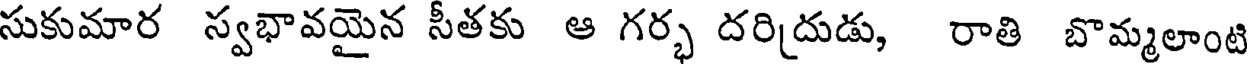
సుకుమార స్వభావయైన సీతకు ఆ గర్భ దరిదుడు, రాతి బొమ్మలాంటి